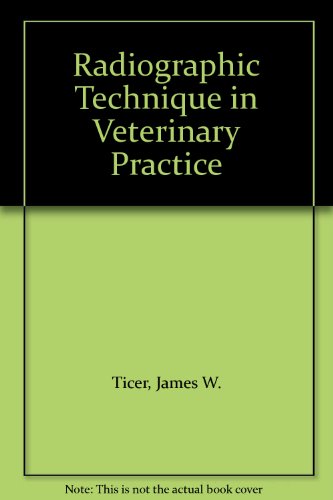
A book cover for Radiographic Technique in Veterinary Practice; James W. Ticer; Medical Books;